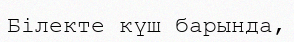
Білекте күш барында,